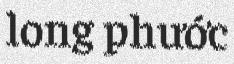
long phước